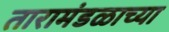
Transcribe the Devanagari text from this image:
तारामंडळाच्या